Lock hospitals Punjab
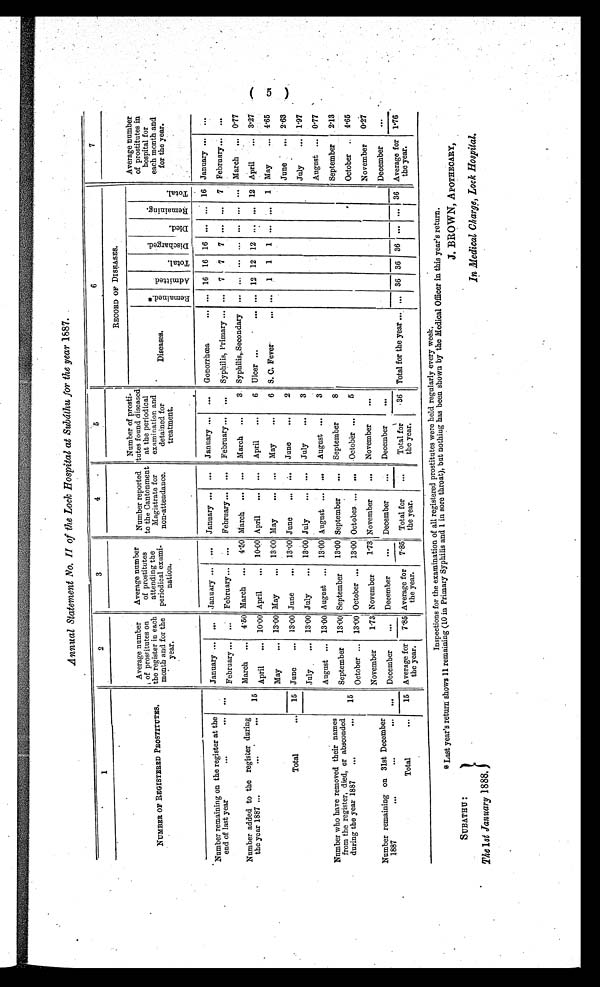
J. BROWN, APOTHECARY,
In Medical Charge, Lock Hospital.
Annual Statement No. II of the Lock Hospital at Subáthu for the year 1887.
1
2
3
4
5
6
7
NUMBER OF REGISTERED PROSTITUTES.
Average number
of prostitutes on
the register in each
month and for the
year.
Average number
of prostitutes
attending the
periodical exami-
nation.
Number reported
to the Cantonment
Magistrate for
non-attendance.
Number of prosti-
tutes found diseased
at the periodical
examination and
detained for
treatment.
RECORD OF DISEASES.
Average number
of prostitutes in
hospital for
each month and
for the year.
Diseases.
* R e m a i n e d .
A d m i t t e d .
T o t a l .
D i s c h a r g e d .
D i e d .
R e m a i n i n g .
T o t a l .
Number remaining on the register at the
end of last year ... ...
. . .
January ... ... January ... ... January ... ... January ... ... Gonorrhœa ... ... 16 16 16 ... ... 16 January ... ...
February ... ... February ... ... February... ... February...
. . . Syphilis, Primary ... ... 7 7 7
7 February... ...
Number added to the register during
the year 1887 ... ... ..
15
March ... 4.50 March ... 4.50 March ... ... March ...
3 Syphilis,Secondary ... ... ... ... ... ... ... March ... 0.77
April ... 10.00 April ... 10.00 April ... ... April ...
6 Ulcer ... ... ... 12 12 12 ... ... 12 April ... 3'27
Total ... 15
May ... 13.00 May ... 13.00 May ... ... May ...
6 S. C. Fever... . . .
1 1 1 ... ... 1 May ...
4.65
June ... 13.00 June ... 13.00 June .., .... June ...
2
June ... 2.63
July ... 13.00 July ... 13.00 July ... ... July ...
3
July ... 1.97
August ... 13.00 August ... 13.00 August ... ... August ...
3
August ... 0.77
Number who have removed their names
from the register, died, or absconded
during the year 1887 ... ...
15
September 13.00 September
13.00 September
... September
8
September
2.13
October ... 13.00 October ... 13.00 October ... ... October ...
5
October .. 4.65
November
1.73 November
1.73 November
... November
...
November
0.27
Number remaining on 31st December
1887 ... ... ... ... December
... December
... December
... December
...
December
...
Total ...
15 Average for
the year.
7.85 Average for
the year.
7.85 Total for
the year.
...
Total for
the year.
. 36 Total for the year ... ... 36 36 36 ...
. . .
36 Average for
the year.
1.76
( 5 )
Inspections for the examination of all registered prostitutes were held regularly every week,
*Last year' s return shows 11 remaining (10 in Primary Syphilis and 1 in sore throat), but nothing has been shown by the Medical Officer in this year' s return.
The 1st January 1888.